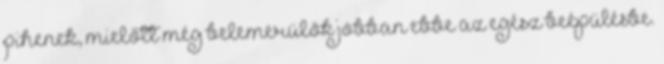
pihenek, mielőtt még belemerülök jobban ebbe az egész beépülésbe.